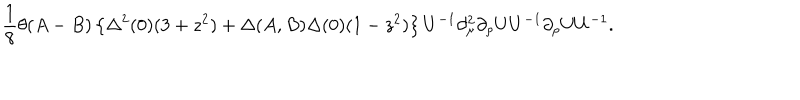
\frac 1 8 \theta ( A - B ) \left\{ \Delta ^ { 2 } ( 0 ) ( 3 + z ^ { 2 } ) + \Delta ( A , B ) \Delta ( 0 ) ( 1 - z ^ { 2 } ) \right\} U ^ { - 1 } \partial _ { \mu } ^ { 2 } \partial _ { \rho } U U ^ { - 1 } \partial _ { \rho } U U ^ { - 1 } .